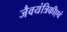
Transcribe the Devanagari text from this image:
जैवयंत्रिकीएवं